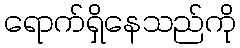
ရောက်ရှိနေသည်ကို